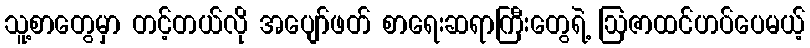
သူ့စာတွေမှာ တင့်တယ်လို အပျော်ဖတ် စာရေးဆရာကြီးတွေရဲ့ ဩဇာထင်ဟပ်ပေမယ့်